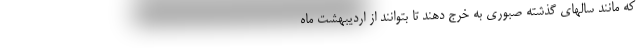
که مانند سالهای گذشته صبوری به خرج دهند تا بتوانند از اردیبهشت ماه